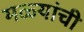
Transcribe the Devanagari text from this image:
मळ्यांची